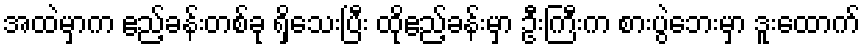
အထဲမှာက ဧည့်ခန်းတစ်ခု ရှိသေးပြီး ထိုဧည့်ခန်းမှာ ဦးကြီးက စားပွဲဘေးမှာ ဒူးထောက်